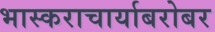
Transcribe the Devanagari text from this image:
भास्कराचार्याबरोबर